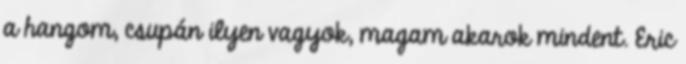
a hangom, csupán ilyen vagyok, magam akarok mindent. Eric